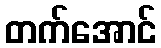
တက်အောင်